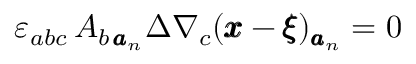
\varepsilon _ { a b c } \, A _ { b \, { \pmb a } _ { n } } \Delta \nabla _ { c } ( { \pmb x } - { \pmb \xi } ) _ { { \pmb a } _ { n } } = 0